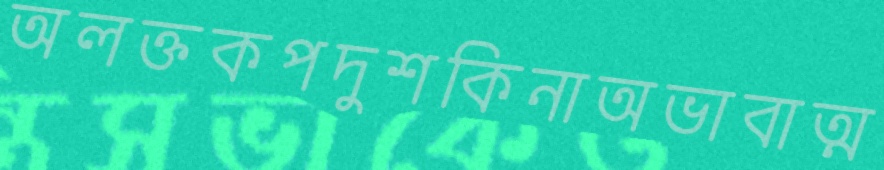
অলক্তকপদুশকিনাঅভাবাত্ম